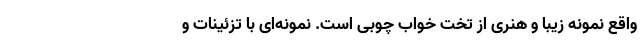
واقع نمونه زیبا و هنری از تخت خواب چوبی است. نمونه‌ای با تزئینات و